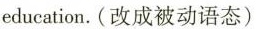
education.(改成被动语态)